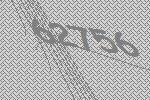
62756